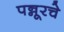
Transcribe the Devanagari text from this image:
पन्नूरचे